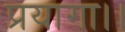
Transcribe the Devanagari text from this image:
प्रयागा।।